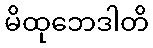
မိထုဘေဒါတိ